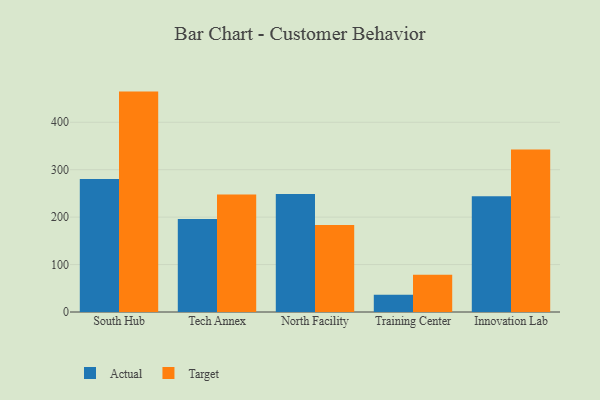
{"axis": {"x": "Campus", "y": "Temperature (°C)"}, "legend": ["Actual", "Target"], "data": [{"x": "South Hub", "y": 280.4, "type": "Actual"}, {"x": "South Hub", "y": 464.6, "type": "Target"}, {"x": "Tech Annex", "y": 196.2, "type": "Actual"}, {"x": "Tech Annex", "y": 247.9, "type": "Target"}, {"x": "North Facility", "y": 248.9, "type": "Actual"}, {"x": "North Facility", "y": 183.4, "type": "Target"}, {"x": "Training Center", "y": 36.5, "type": "Actual"}, {"x": "Training Center", "y": 78.6, "type": "Target"}, {"x": "Innovation Lab", "y": 244.0, "type": "Actual"}, {"x": "Innovation Lab", "y": 342.8, "type": "Target"}]}